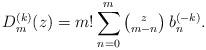
LaTeX: \begin{align*} D_m^{(k) } (z)=m! \sum_{n=0}^m \left(^{\; \; \;z}_{m-n} \right) b_n^{(-k)}.\end{align*}